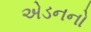
એડનનો